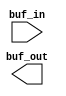
// This program was cloned from: https://github.com/intel/aib-phy-hardware
// License: Apache License 2.0

// SPDX-License-Identifier: Apache-2.0
// Copyright (C) 2019 Intel Corporation. All rights reserved
//****************************************************************************************
//  20(C)11 Altera Corporation. All rights reserved.
//
//****************************************************************************************

//------------------------------------------------------------------------
// Description: standard clock buf
// 
// A simple clock buffer. 
// Use this as a convenient point for clock definition for internally generated clocks
// All "create_clock" commands can then refer to this buffer
//
//------------------------------------------------------------------------

module altr_hps_buf (
    input  wire         buf_in,     // clock input
    output wire         buf_out     // clock output
);

`ifdef ALTR_HPS_INTEL_MACROS_OFF
   assign buf_out = buf_in;
`else
`endif

endmodule // altr_hps_ckbuf